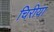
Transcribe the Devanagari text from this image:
चिरीया